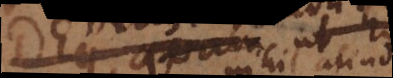
et quam